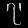
Digit: ၇